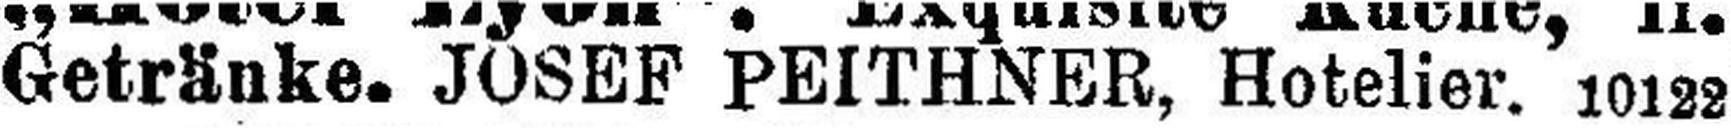
Getränke. JOSEF PEITHNER, Hotelier. 10122